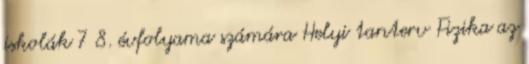
iskolák 7 8. évfolyama számára Helyi tanterv Fizika az